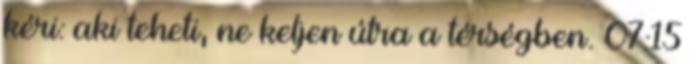
kéri: aki teheti, ne keljen útra a térségben. 07:15